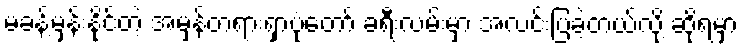
မခန့်မှန်းနိုင်တဲ့ အမှန်တရားရှာပုံတော် ခရီးလမ်းမှာ အလင်းပြခဲ့တယ်လို့ ဆိုရမှာ